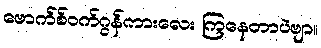
ဗောက်စ်ဝက်ဂွန်ကားလေး ကြနေတာပဲဗျာ။